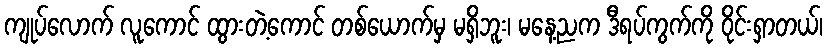
ကျုပ်လောက် လူကောင် ထွားတဲ့ကောင် တစ်ယောက်မှ မရှိဘူး၊ မနေ့ညက ဒီရပ်ကွက်ကို ဝိုင်းရှာတယ်၊